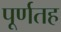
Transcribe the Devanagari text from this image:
पूर्णतह